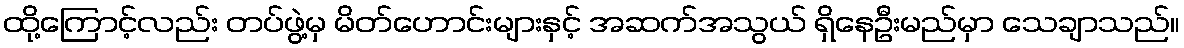
ထို့ကြောင့်လည်း တပ်ဖွဲ့မှ မိတ်ဟောင်းများနှင့် အဆက်အသွယ် ရှိနေဦးမည်မှာ သေချာသည်။